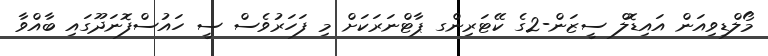
މޯލްޑިވިއަން އައިޑޮލް ސީޒަން-2ގެ ކޭޓަރިންގ ޕާޓްނަރަކަށް މި ފަހަރުވެސް ސީ ހައުސްފޮނަދޫގައި ބާއްވާ